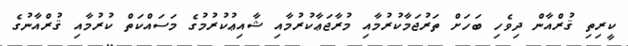
ކީރިތި ޤުރްއާން ދިވެހި ބަހަށް ތަރުޖަމާކުރުމާއި މުރާޖަޢާކުރުމާއި ޝާއިޢުކުރުމުގެ މަސައްކަތް ކުރުމާއި ޤުރްއާނުގެ